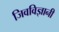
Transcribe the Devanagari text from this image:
जिवविज्ञानी